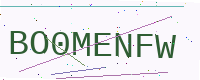
Text: BO0MENFW